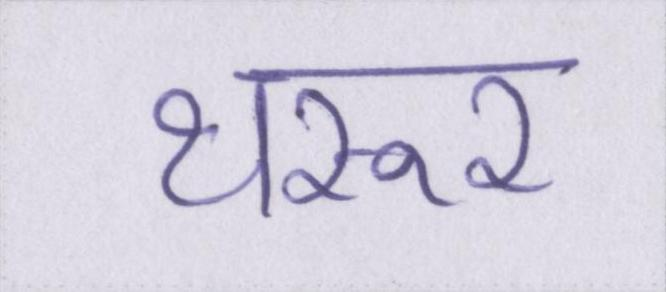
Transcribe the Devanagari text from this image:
थरूर